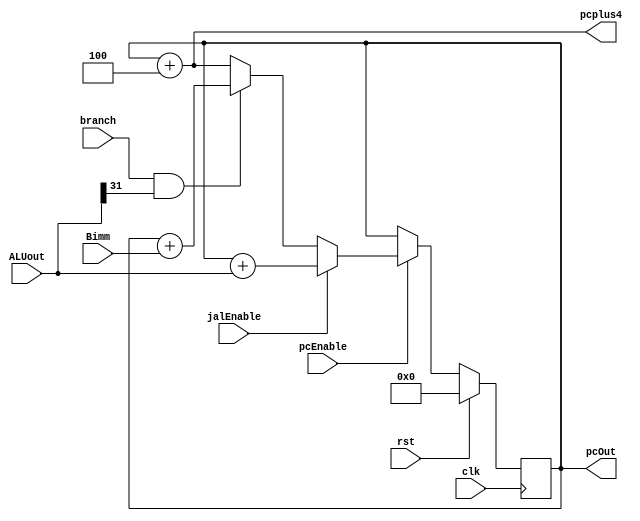
    
    `timescale 1ns/1ns
    
    module PC(clk,rst,Bimm,branch,ALUout,pcOut,pcEnable,jalEnable, pcplus4);
    
    input clk,rst;
    input jalEnable;
    // input inputAddr;              //this wire is either pc+4 or JAL/JALR target address
    input pcEnable;              // control signal, 1 in the pc stage, else equals 0
    input branch;               //branch control signal
    input [31:0] ALUout;       //ALUout[31]
    input [31:0] Bimm;        //immediate encoded in B type      
    reg [31:0] pc;           //the pc register
    output [31:0] pcOut;
    output [31 : 0] pcplus4;
    wire shouldBranch;
    assign shouldBranch = branch & ALUout[31]; //This wire is to indicate whether the branching condition is true or not
    assign pcOut = pc;
    assign pcplus4 = pc + 4;
    always@(posedge clk) //The pc stage is sequential because we need reset(which is synchornous)
        
        if(!rst)
            if(pcEnable)
                    if(jalEnable)
                        pc <= pc + ALUout;  //In jal, the address is calculated by adding pc to aluout
                    else
                        if(shouldBranch)
                            pc <= pc + Bimm; //In branch, the address is calculated by adding pc to B-encoded immediate
                        else
                            pc <= pcplus4;   //normal instructions
            else
                pc <= pc;   //pc Enable isn't 1 so we don't change pc 
        else
            pc <= {32{1'b0}};   //reseting pc to 0 at the start of the program
        
       
    endmodule